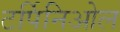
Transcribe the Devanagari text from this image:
टर्पिनिओल